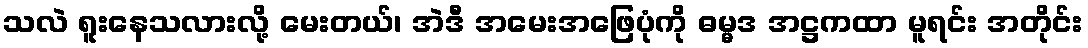
သလဲ ရူးနေသလားလို့ မေးတယ်၊ အဲဒီ အမေးအဖြေပုံကို ဓမ္မဒ အဋ္ဌကထာ မူရင်း အတိုင်း